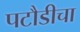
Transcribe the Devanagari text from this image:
पटौडीचा